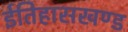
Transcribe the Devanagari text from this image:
ईतिहासखण्ड